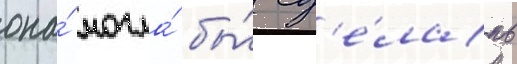
она́ могла́ бы́ сд'е́лать